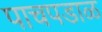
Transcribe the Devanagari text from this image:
पाचपडाळ